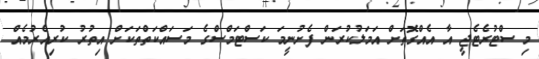
މި ސްޓުރެޓެޖީ އާ އެއްގޮތަށް އަމަލުކުރަން ފެށުނީމަ ކަސްޓަމްސްގެ މަސައްކަތްތަކަށް އިތުރު ކުރިއެރުމެއް